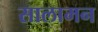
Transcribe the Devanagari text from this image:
सालामन